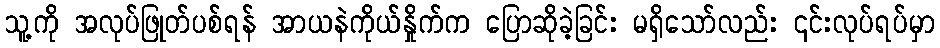
သူ့ကို အလုပ်ဖြုတ်ပစ်ရန် အာယနဲကိုယ်နှိုက်က ပြောဆိုခဲ့ခြင်း မရှိသော်လည်း ၎င်းလုပ်ရပ်မှာ